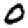
Digit: 0